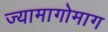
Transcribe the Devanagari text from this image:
ज्यामागोमाग